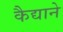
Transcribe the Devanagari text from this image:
कैद्याने